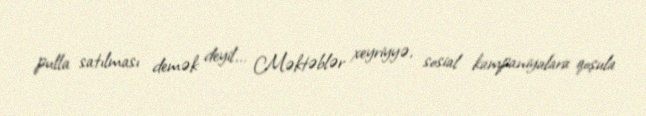
pulla satılması demək deyil... Məktəblər xeyriyyə, sosial kampaniyalara qoşula